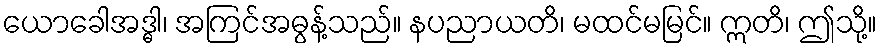
ယောခေါအဒ္ဓါ၊ အကြင်အဓွန့်သည်။ နပညာယတိ၊ မထင်မမြင်။ ဣတိ၊ ဤသို့။